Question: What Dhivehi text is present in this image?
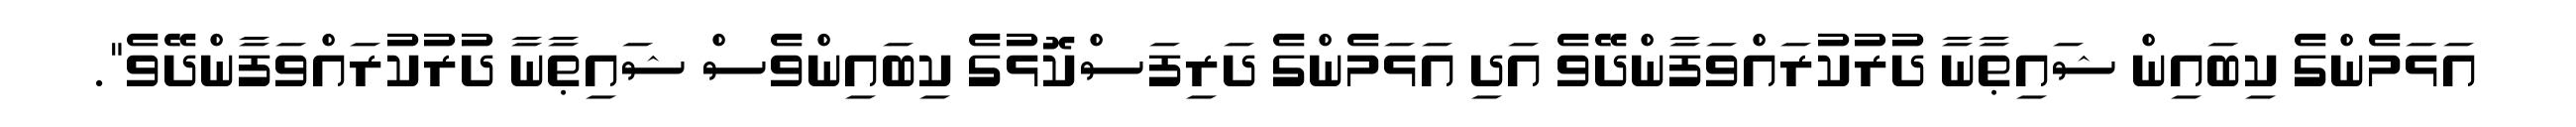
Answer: އަޅަމެންގެ ކިބައިން ޝައިޠާނާ ދުރުކުރައްވަފާންދޭވެ އަދި އަޅަމެންގެ ދަރިފަސްކޮޅުގެ ކިބައިންވެސް ޝައިޠާނާ ދުރުކުރައްވަފާންދޭވެ".